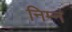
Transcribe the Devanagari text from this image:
निम्नं